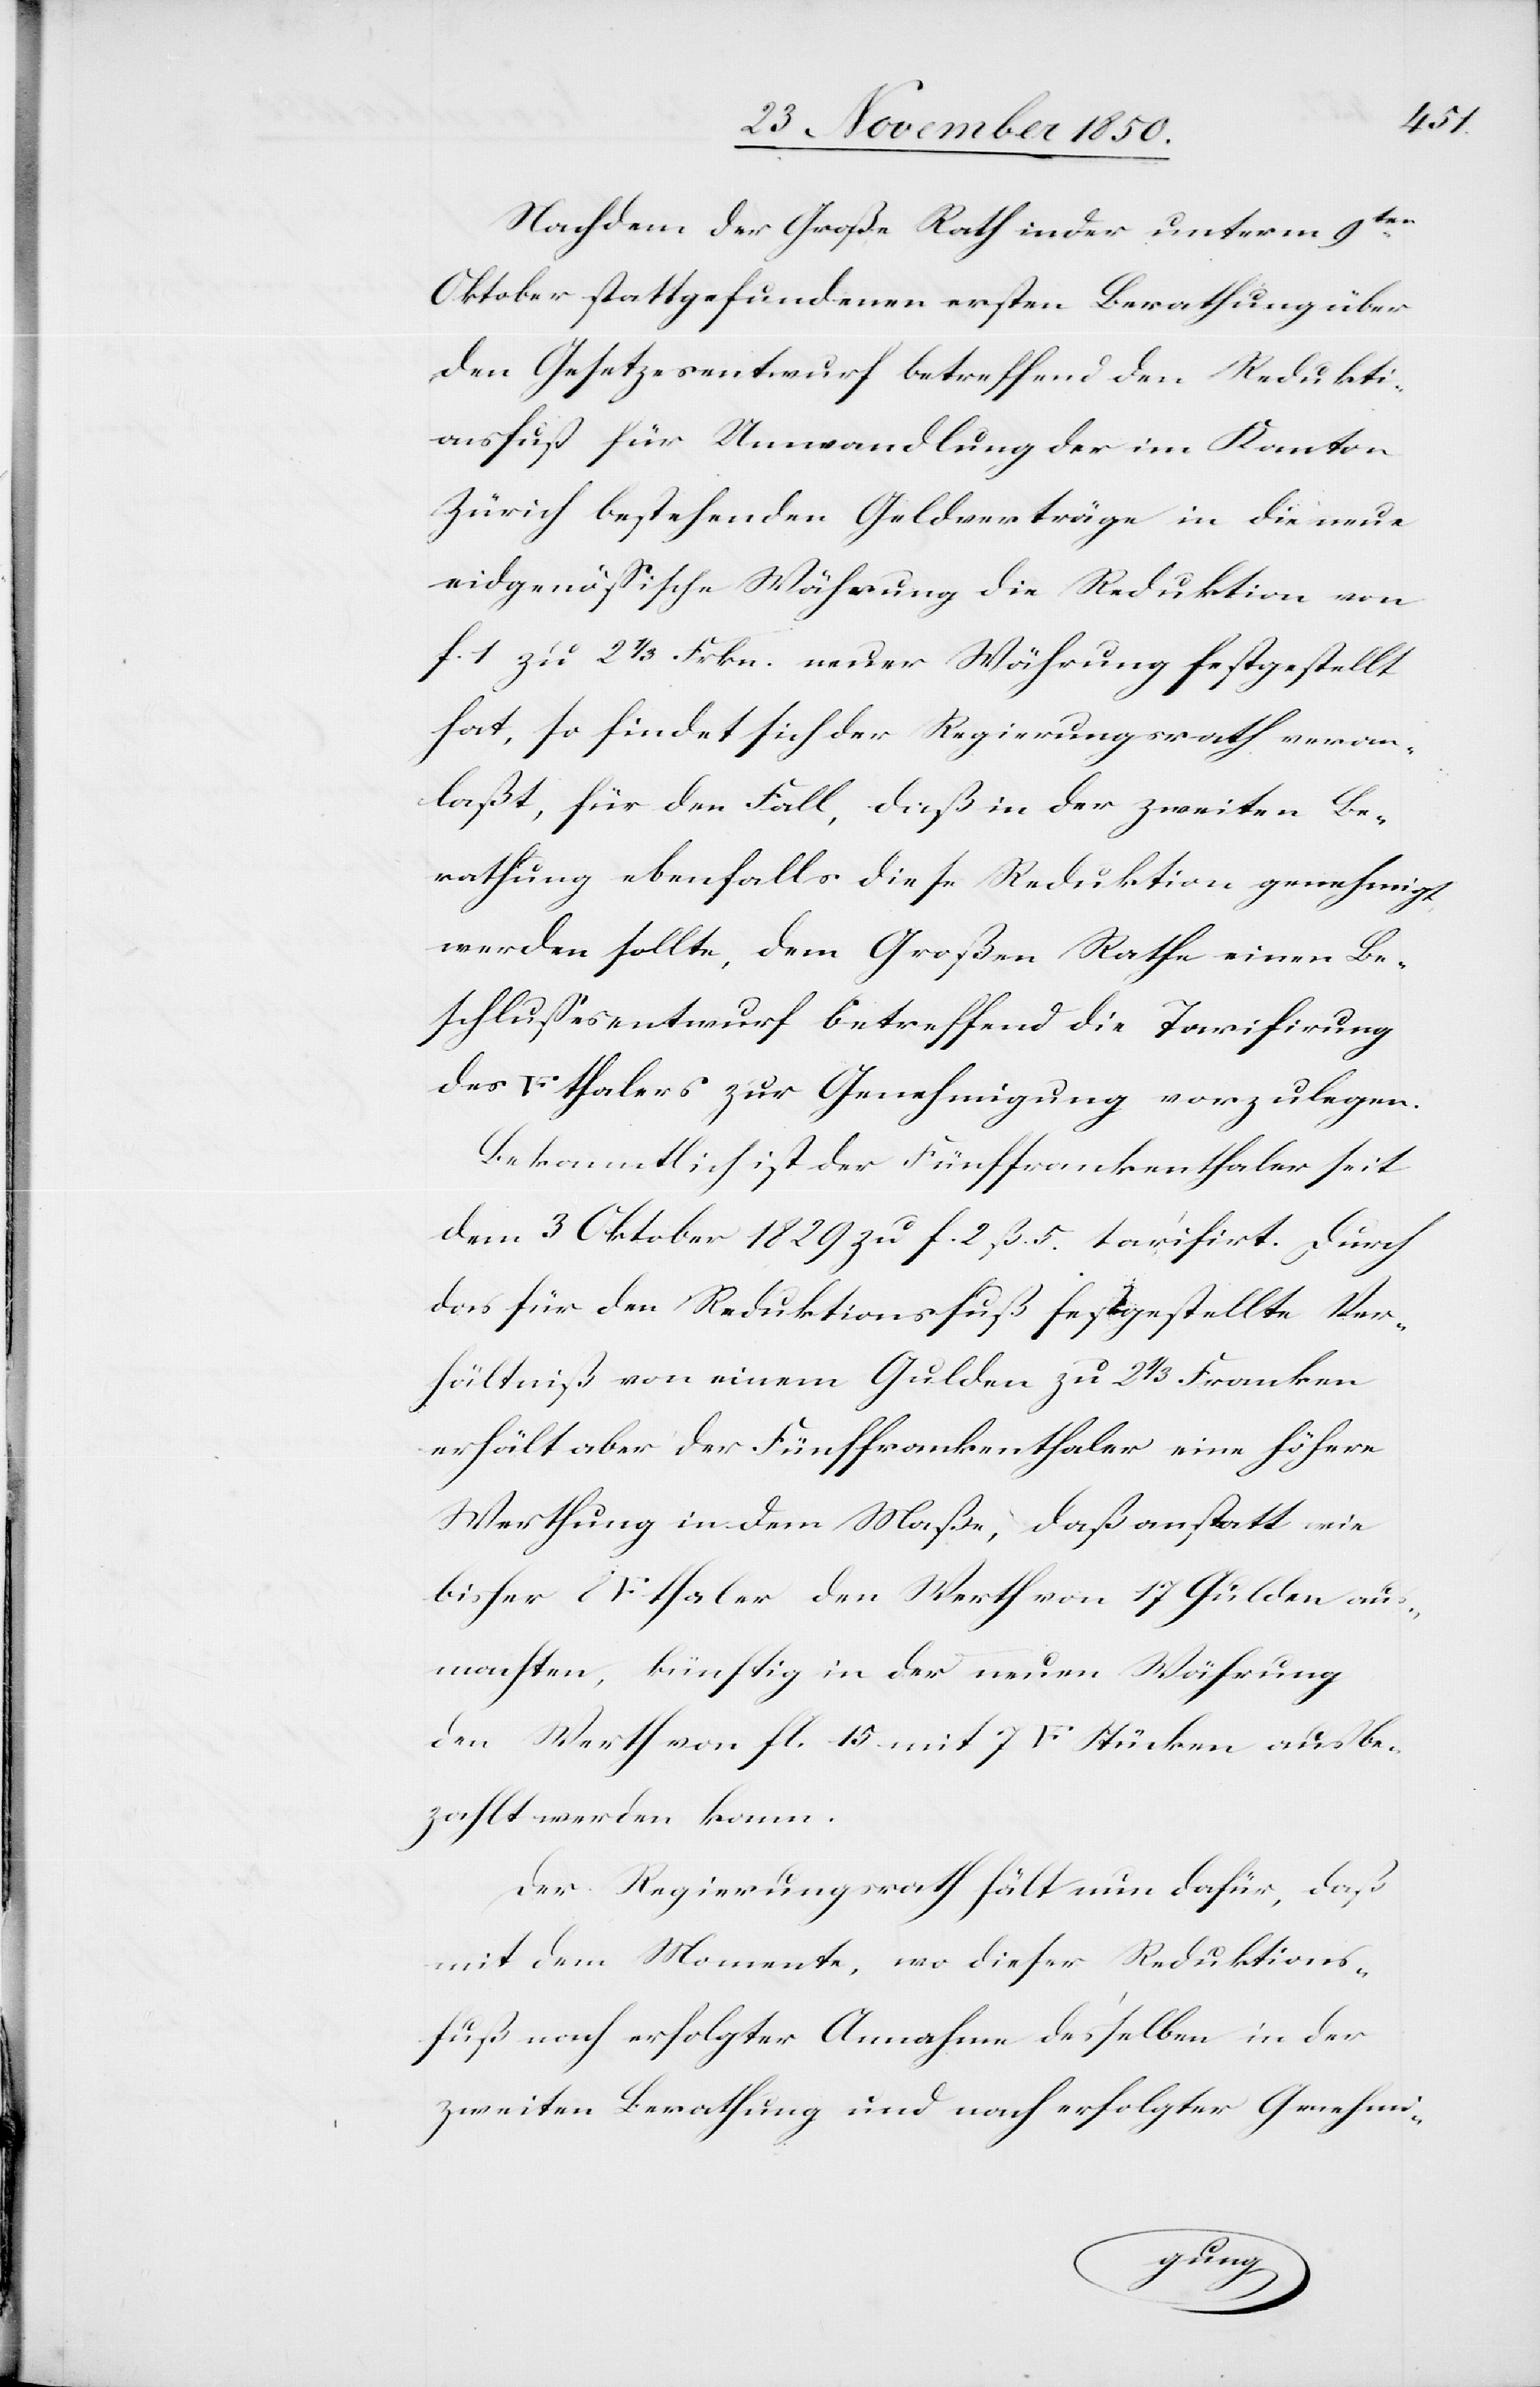
Nachdem der Große Rath in der unterm 9ten
Oktober stattgefundenen ersten Berathung über
den Gesetzesentwurf betreffend den Redukti¬
onsfuß für Umwandlung der im Kanton
Zürich bestehenden Geldverträge in die neue
eidgenössische Währung die Reduktion von
f. 1 zu 2 1/3 Frkn. neuer Währung festgestellt
hat, so findet sich der Regierungsrath veran¬
laßt, für den Fall, daß in der zweiten Be¬
rathung ebenfalls diese Reduktion genehmigt
werden sollte, dem Großen Rathe einen Be¬
schlussesentwurf betreffend die Tarifirung
ken]thalers zur Genehmigung vorzulegen.
Bekanntlich ist der Fünffrankenthaler seit
dem 3 Oktober 1829 zu f. 2 ß. 5. tarifirt. Durch
das für den Reduktionsfuß festgestellte Ver¬
hältniß von einem Gulden zu 2 1/3 Franken
erhält aber der Fünffrankenthaler eine höhere
Werthung in dem Maße, daß anstatt wie
[Fünffranken]thaler den Werth von 17 Gulden aus¬
machten, künftig in der neuen Währung
den Werth von fl. 15 mit 7 [Fünffranken] Stücken ausbe¬
zahlt werden kann.
Der Regierungsrath hält nun dafür, daß
mit dem Momente, wo dieser Reduktions¬
fuß nach erfolgter Annahme desselben in der
zweiten Berathung und nach erfolgter Genehmi-
bisher
8